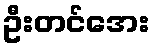
ဦးတင်အေး